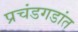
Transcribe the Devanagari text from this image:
प्रचंडगडांत